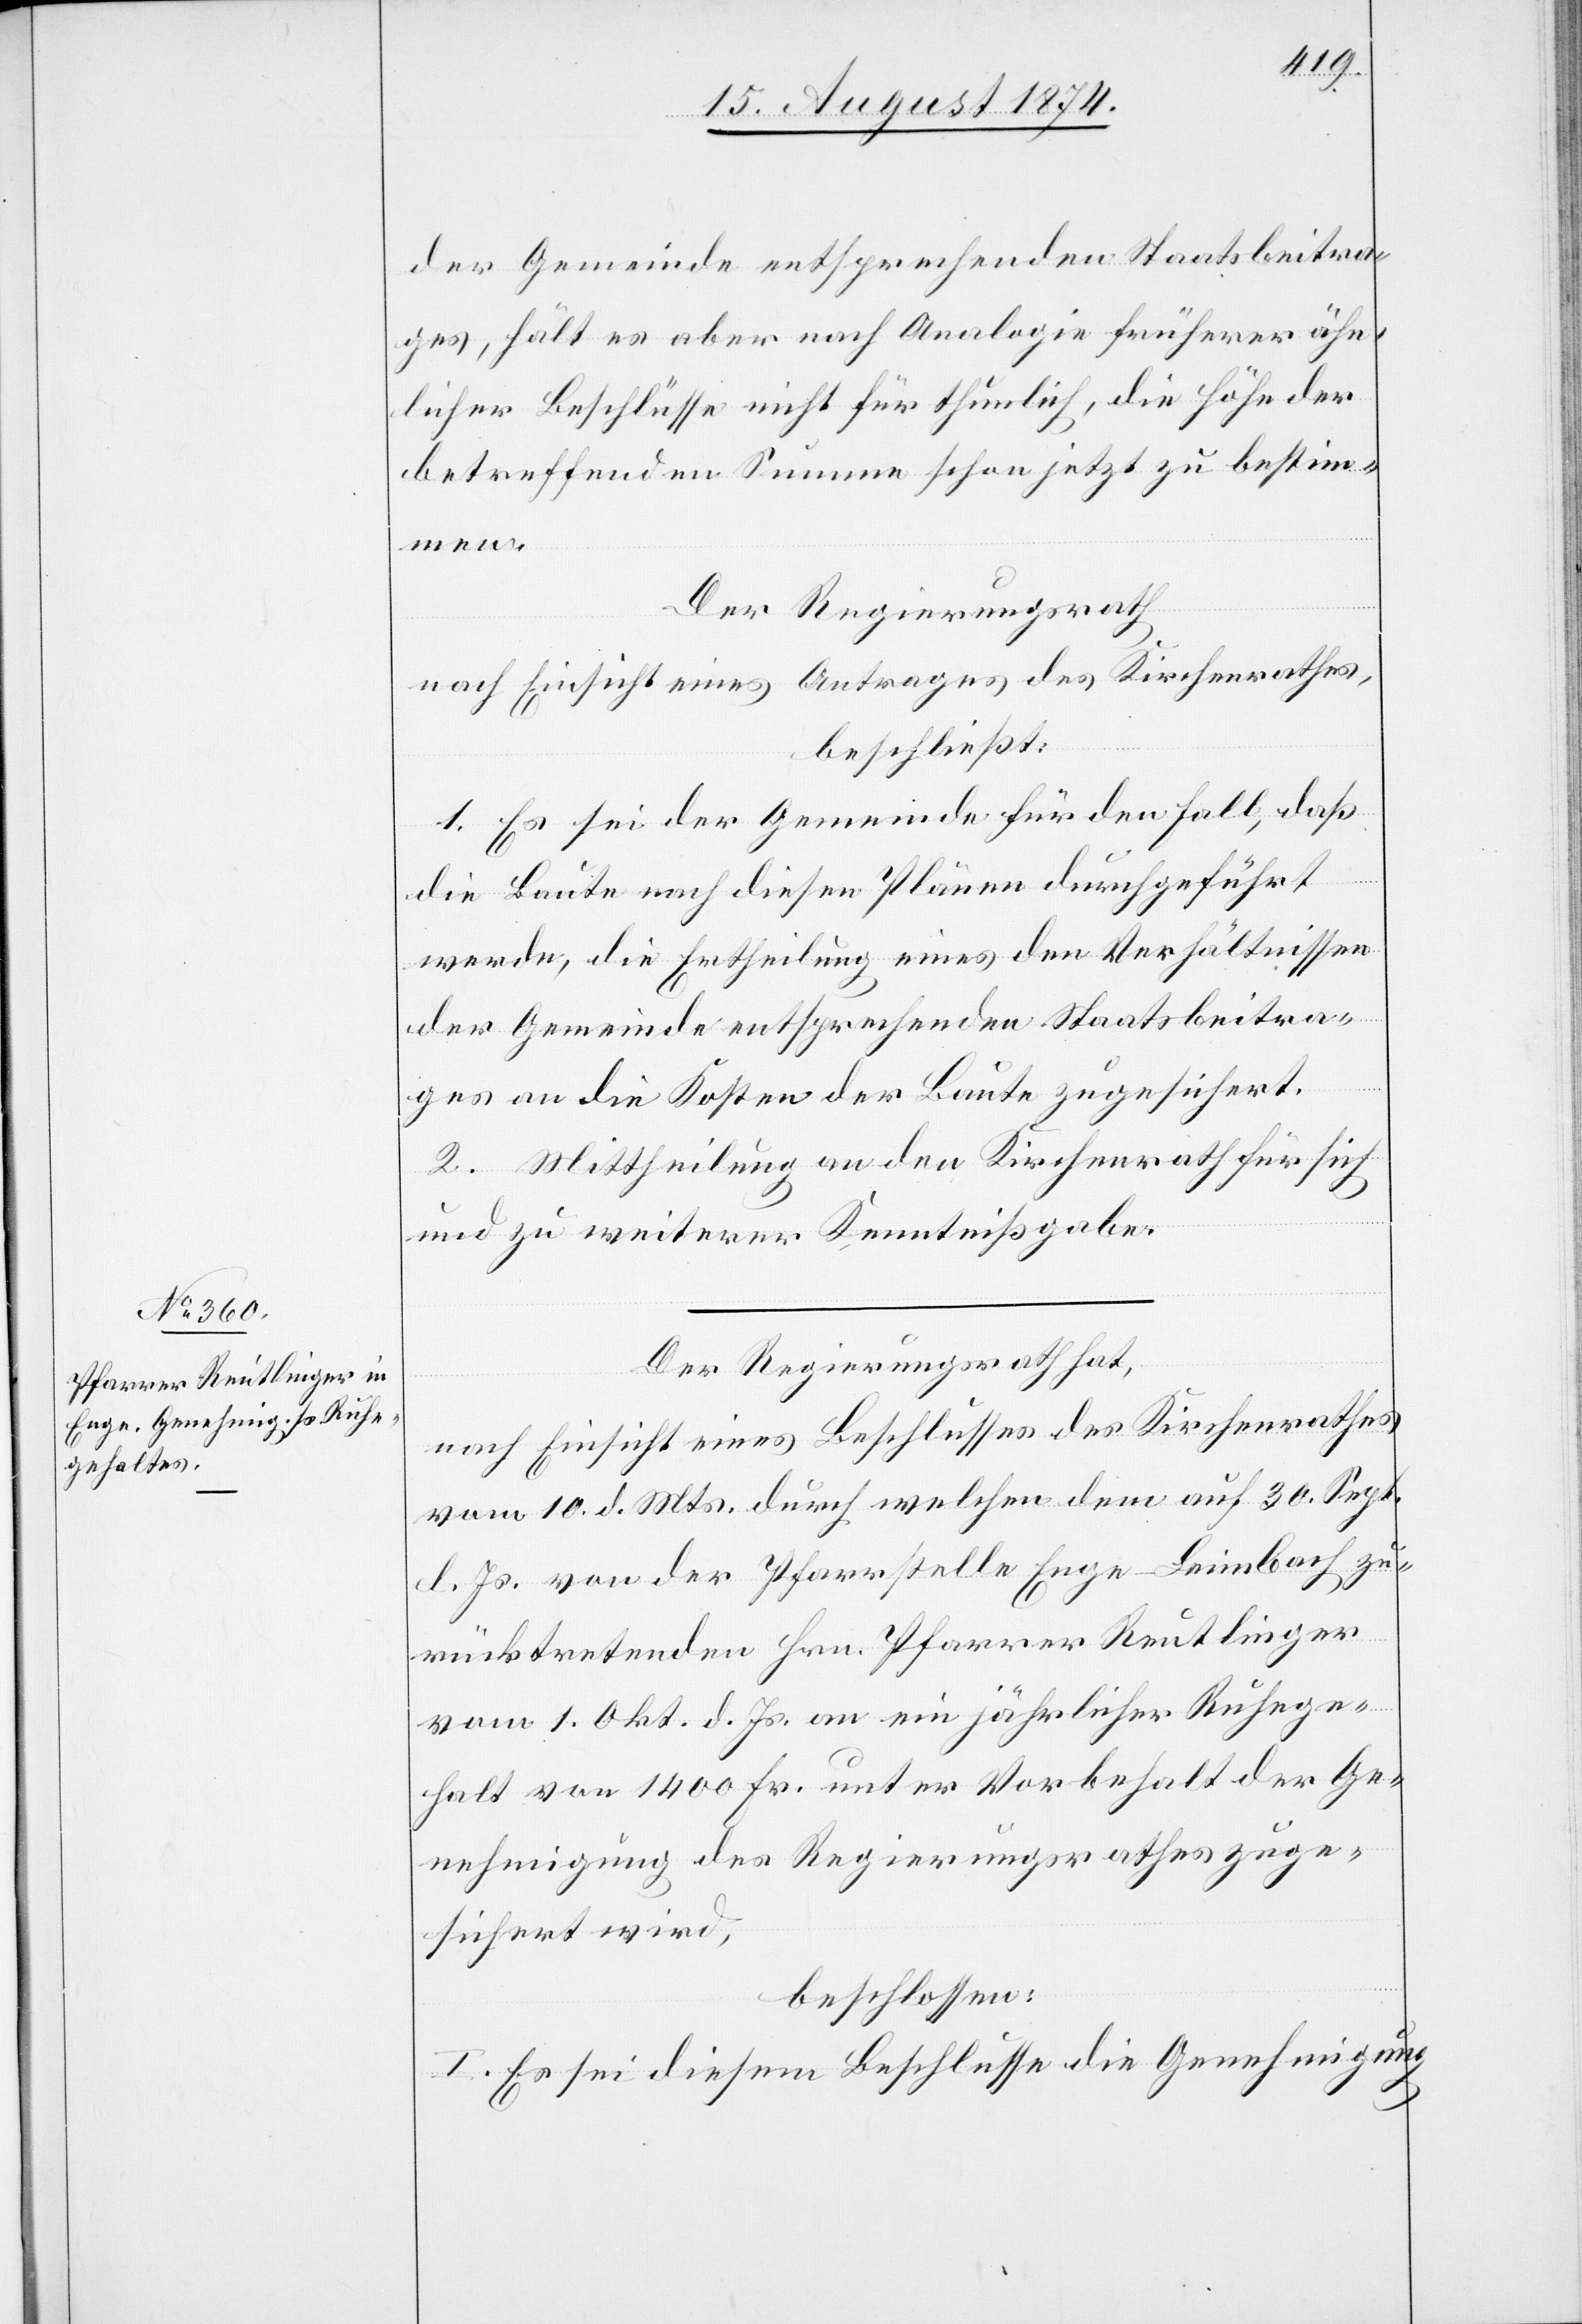
der Gemeinde entsprechenden Staatsbeitra¬
ges, hält es aber nach Analogie früherer ähn¬
licher Beschlüsse nicht für thunlich, die Höhe der
betreffenden Summe schon jetzt zu bestim¬
men.
Der Regierungsrath
nach Einsicht eines Antrages des Kirchenrathes,
beschließt:
1. Es sei der Gemeinde für den Fall, daß
die Baute nach diesen Plänen durchgeführt
werde, die Ertheilung eines den Verhältnissen
der Gemeinde entsprechenden Staatsbeitra¬
ges an die Kosten der Baute zugesichert.
2. Mittheilung an den Kirchenrath für sich
und zu weiterer Kenntnißgabe.
Der Regierungsrath hat,
nach Einsicht eines Beschlusses des Kirchenrathes
vom 10. d. Mts. durch welchen dem auf 30 Sept.
l. Js. von der Pfarrstelle Enge-Leimbach zu¬
rücktretenden Hrn. Pfarrer Reutlinger
vom 1. Okt. d. Js. an ein jährlicher Ruhege¬
halt von 1400 Fr. unter Vorbehalt der Ge¬
nehmigung des Regierungsrathes zuge¬
sichert wird,
beschlossen:
I. Es sei diesem Beschlusse die Genehmigung